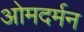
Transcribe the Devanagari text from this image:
ओमदर्मन